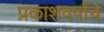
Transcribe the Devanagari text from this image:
प्रकाशवर्षांचे